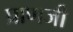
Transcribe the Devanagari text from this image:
प्राणजी